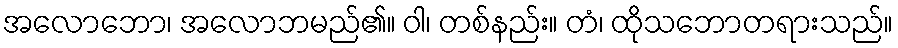
အလောဘော၊ အလောဘမည်၏။ ဝါ၊ တစ်နည်း။ တံ၊ ထိုသဘောတရားသည်။